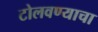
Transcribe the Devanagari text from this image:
टोलवण्याचा